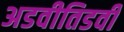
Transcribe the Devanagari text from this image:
अडवीतिडवी